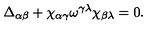
\Delta _ { \alpha \beta } + \chi _ { \alpha \gamma } \omega ^ { \gamma \lambda } \chi _ { \beta \lambda } = 0 .